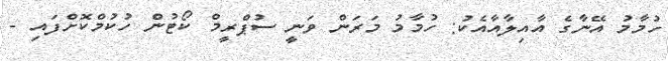
ހުމާމު އޭނާގެ އާއިލާއާއެކު: ހުމާމު މަރަން ވަނީ ސުޕްރީމް ކޯޓުން ހުކުމްކޮށްފައި -